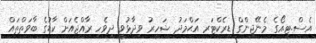
އެސް.ޓީ.އޯގެ މެނޭޖިންގް ޑިރެކްޓަރ އަޙްމަދު ޝަހީރު ވިދާޅުވީ ދިވެހި ރާއްޖެއަށް ކާޑުގެ ބާވަތްތައް